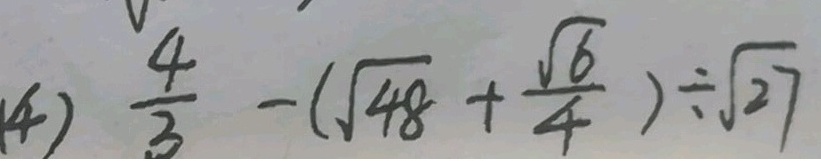
( 4 ) \frac { 4 } { 3 } - ( \sqrt { 4 8 } + \frac { \sqrt { 6 } } { 4 } ) \div \sqrt { 2 7 }